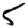
Digit: 5